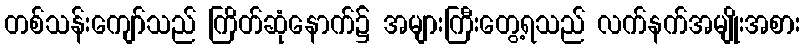
တစ်သန်းကျော်သည် ကြိတ်ဆုံနောက်၌ အများကြီးတွေ့ရသည် လက်နက်အမျိုးအစား